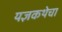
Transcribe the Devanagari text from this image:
यज्ञकथेचा